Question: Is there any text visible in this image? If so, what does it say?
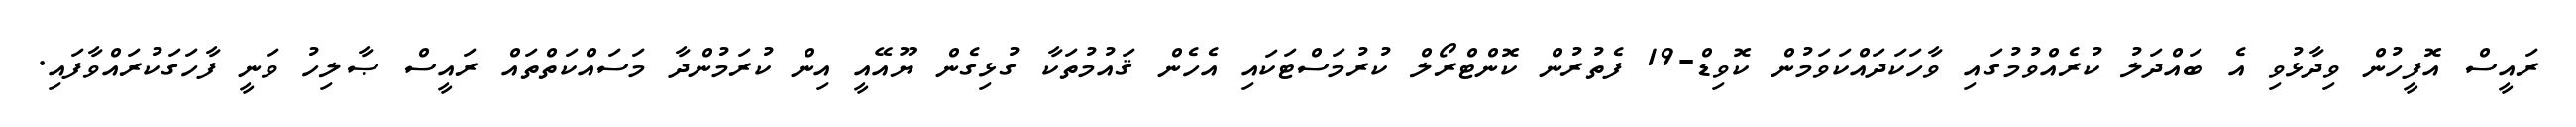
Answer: ރައީސް އޮފީހުން ވިދާޅުވި އެ ބައްދަލު ކުރެއްވުމުގައި ވާހަކަދައްކަވަމުން ކޮވިޑް-19 ފެތުރުން ކޮންޓްރޯލް ކުރުމަސްޓަކައި އެހެން ޤައުމުތަކާ ގުޅިގެން ޔޫއޭއީ އިން ކުރަމުންދާ މަސައްކަތްތައް ރައީސް ޞާލިހު ވަނީ ފާހަގަކުރައްވާފައި.